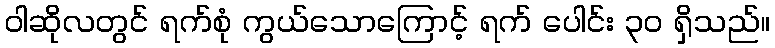
ဝါဆိုလတွင် ရက်စုံ ကွယ်သောကြောင့် ရက် ပေါင်း ၃၀ ရှိသည်။